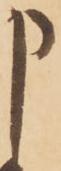
申